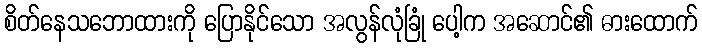
စိတ်နေသဘောထားကို ပြောနိုင်သော အလွန်လုံခြုံ ပေါ့က အဆောင်၏ ဓားထောက်